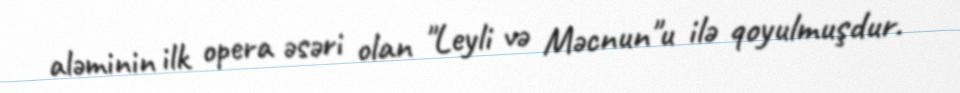
aləminin ilk opera əsəri olan "Leyli və Məcnun"u ilə qoyulmuşdur.